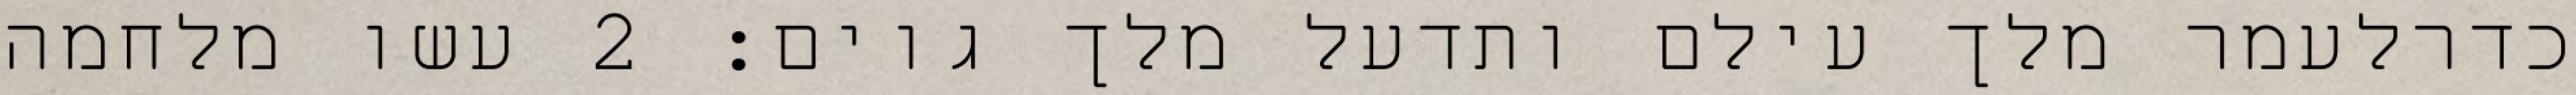
כדרלעמר מלך עילם ותדעל מלך גוים׃ ‎2‏ עשו מלחמה